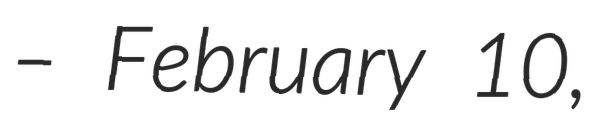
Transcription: – February 10,